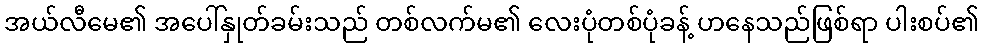
အယ်လီမေ၏ အပေါ်နှုတ်ခမ်းသည် တစ်လက်မ၏ လေးပုံတစ်ပုံခန့် ဟနေသည်ဖြစ်ရာ ပါးစပ်၏